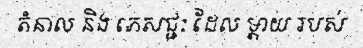
តំនាល និង ភេសជ្ជៈ ដែល ម្តាយ របស់